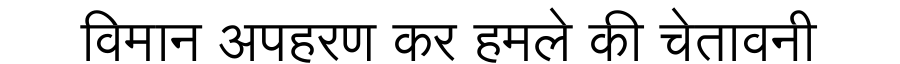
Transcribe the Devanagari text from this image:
विमान अपहरण कर हमले की चेतावनी